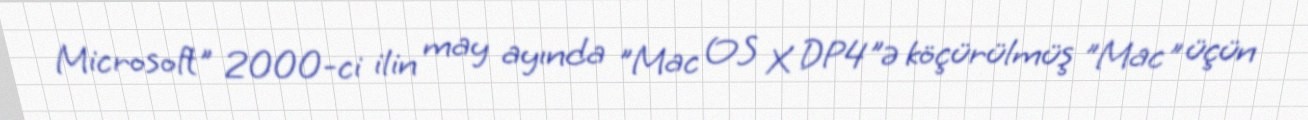
Microsoft" 2000-ci ilin may ayında "Mac OS X DP4"ə köçürülmüş "Mac" üçün